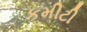
કમીટી